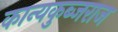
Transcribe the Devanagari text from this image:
कान्यकुब्जराज